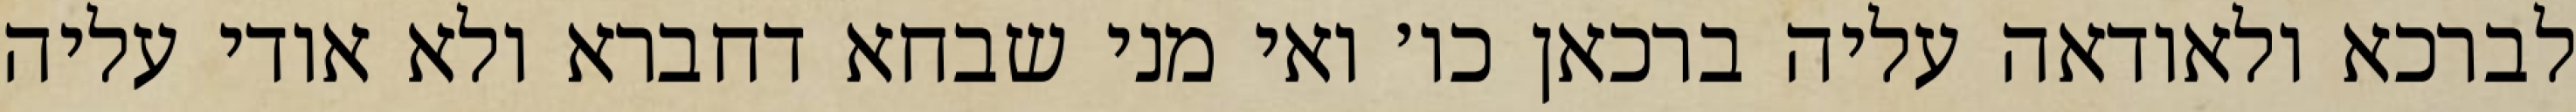
לברכא ולאודאה עליה ברכאן כו׳ ואי מני שבחא דחברא ולא אודי עליה